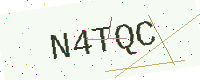
Text: N4TQC